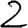
Digit: 2